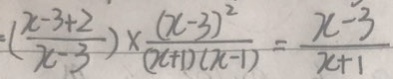
= ( \frac { x - 3 + 2 } { x - 3 } ) \times \frac { ( x - 3 ) ^ { 2 } } { ( x + 1 ) ( x - 1 ) } = \frac { x - 3 } { x + 1 }